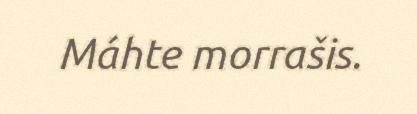
Máhte morrašis.